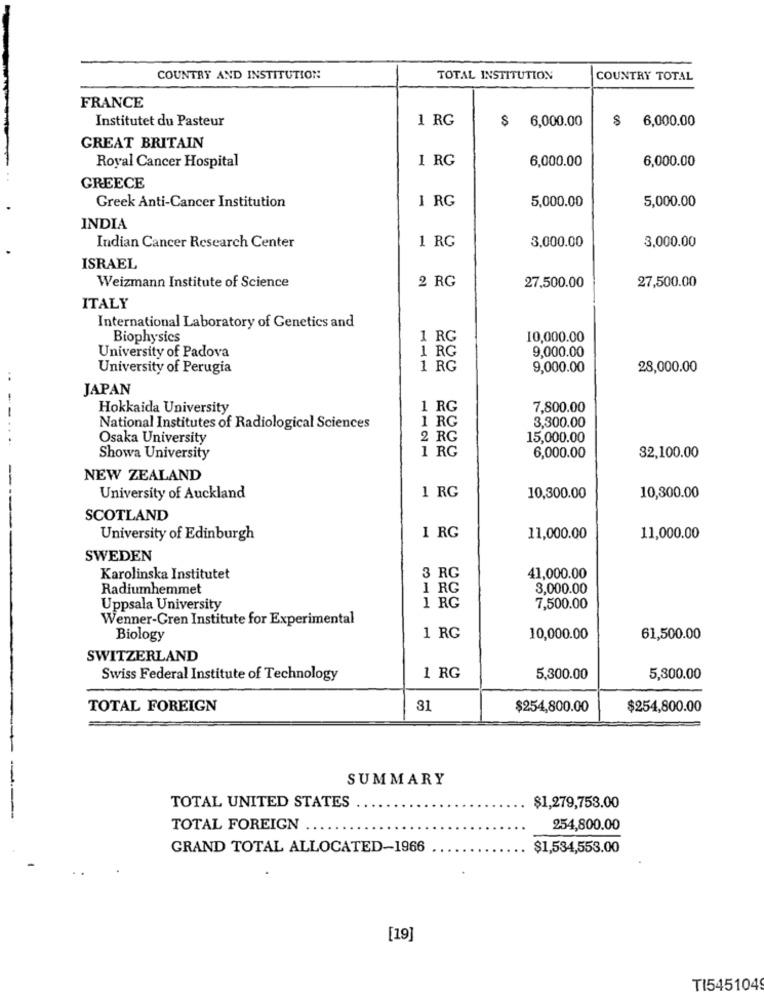
COUNTRY AND INSTITUTION
TOTAL INSTITUTION
COUNTRY TOTAL
FRANCE
Institutet du Pasteur
1 RG
$ 6,000.00
$ 6,000.00
GREAT BRITAIN
Royal Cancer Hospital
1 RG
6,000.00
6,000.00
GREECE
1 RG
5,000.00
5,000.00
Greek Anti-Cancer Institution
INDIA
1 RG
3,000.00
Indian Cancer Research Center
3,000.00
ISRAEL
Weizmann Institute of Science
2 RG
27,500.00
27,500.00
ITALY
International Laboratory of Genetics and
Biophysics
1 RG
10,000.00
University of Padova
1 RG
9,000.00
University of Perugia
1 RG
9,000.00
28,000.00
JAPAN
Hokkaida University
1 RG
7,800.00
1 RG
3,300.00
National Institutes of Radiological Sciences
Osaka University
2 RG
15,000.00
1 RG
Showa University
6,000.00
32,100.00
NEW ZEALAND
1 RG
University of Auckland
10,300.00
10,300.00
SCOTLAND
1 RG
University of Edinburgh
11,000.00
11,000.00
SWEDEN
Karolinska Institutet
3 RG
41,000.00
Radiumhemmet
1 RG
3,000.00
Uppsala University
1 RG
7,500.00
Wenner-Gren Institute for Experimental
Biology
1 RG
10,000.00
61,500.00
SWITZERLAND
Swiss Federal Institute of Technology
1 RG
5,300.00
5,300.00
TOTAL FOREIGN
31
$254,800.00
$254,800.00
SUMMARY
TOTAL UNITED STATES
$1,279,753.00
TOTAL FOREIGN
254,800.00
GRAND TOTAL ALLOCATED-1966
$1,534,553.00
[19]
TI5451049